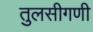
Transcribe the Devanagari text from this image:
तुलसीगणी